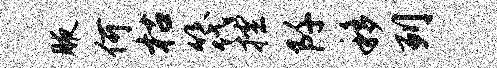
腋何枯筏控阡移列